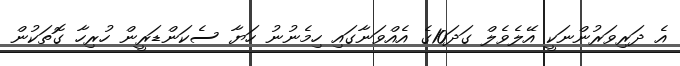
އެ ދަރިވަރުންނަކީ އޭލެވެލް ގަދަ10ގެ އެއްވަނާގައި ހިމެނުނު ހަޔާ ސެކަންޑަރީން ހުރިހާ ގޮތަކުން